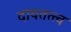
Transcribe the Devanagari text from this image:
दायतत्त्व